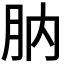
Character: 肭